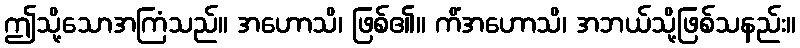
ဤသို့သောအကြံသည်။ အဟောသိ၊ ဖြစ်၏။ ကိံအဟောသိ၊ အဘယ်သို့ဖြစ်သနည်း။